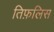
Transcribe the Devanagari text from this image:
तिफ़लिस